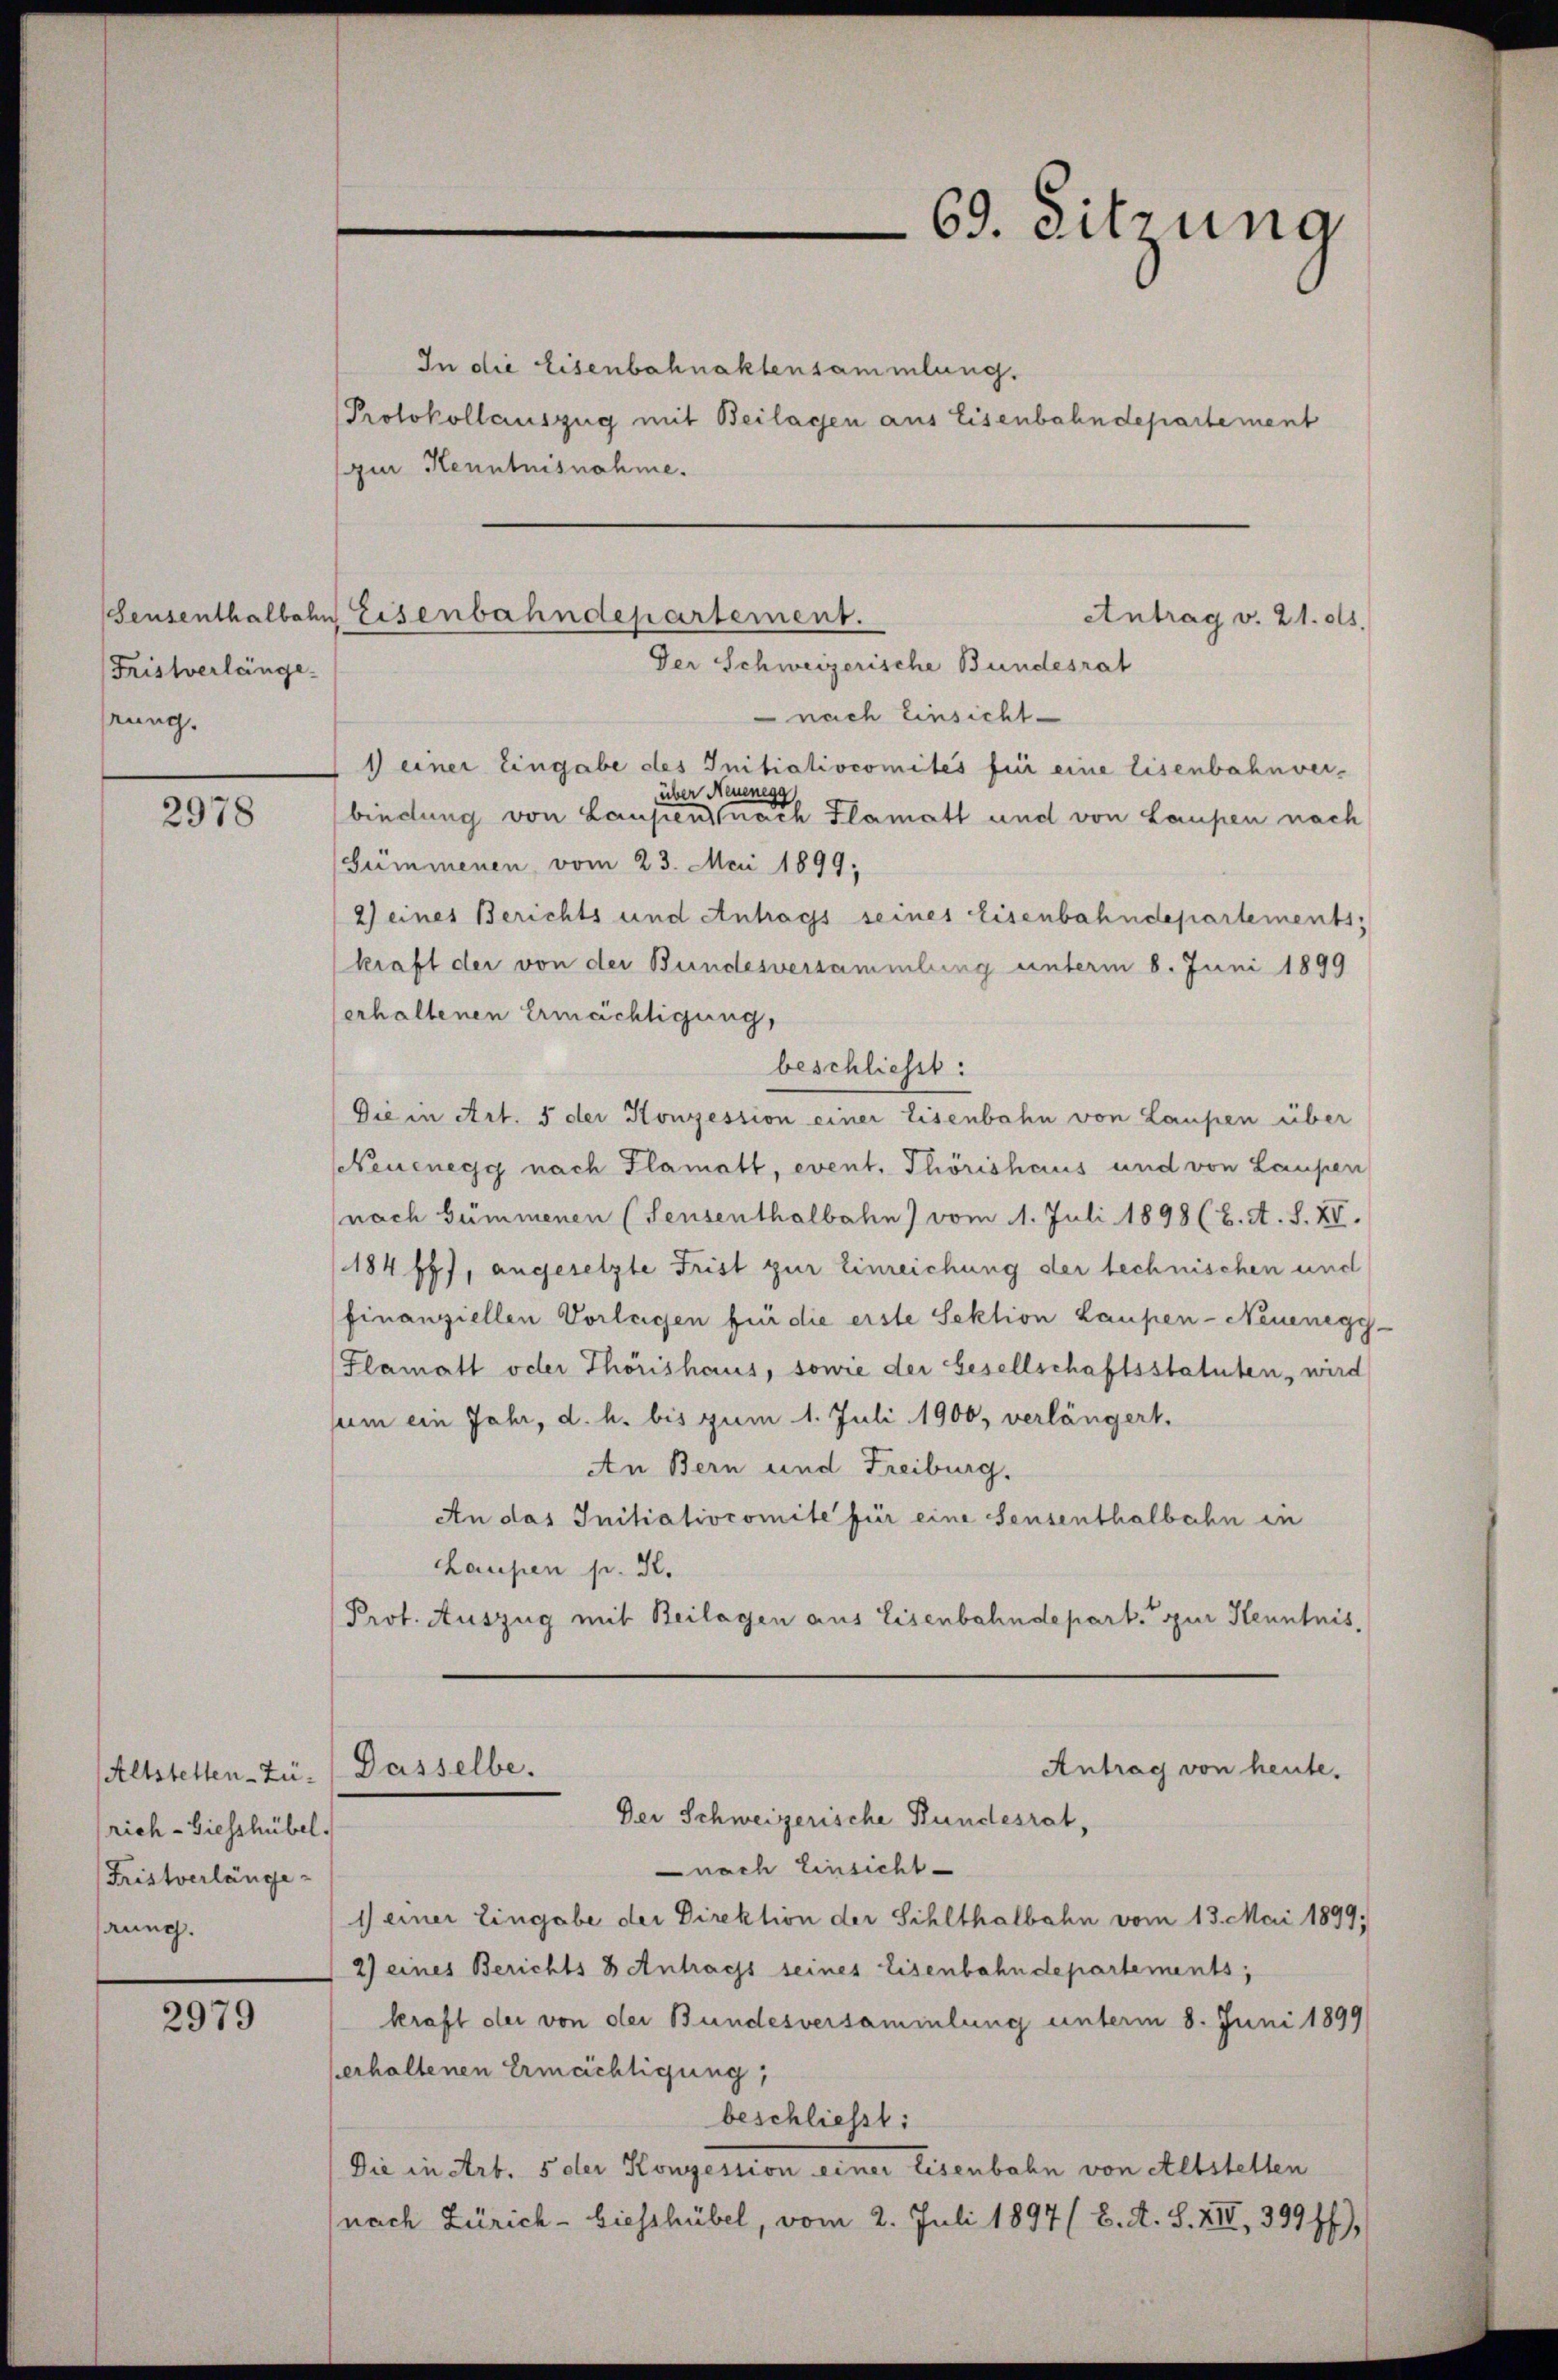
Seusenthalbah
Fristverlänge.
rung.

2978

Altstellen-Zü- Dasselbe.
rich-Giesshübel.
Fristverlänge
rung.

2979

In die Eisenbahnaktensammlung.
Protokollauszug mit Beilagen aus Eisenbahndepartement
gur Kenntnisnahme.

Eisenbahndepartement.
Antrag v. 21. ds.
Der Schweizerische Bundesrat

69. Sitzung

nach Einsicht
1) einer Eingabe des Initiatiocomites für eine Eisenbahnver-
über Neuenegg
bindung von Lausien nach Flamatt und von Laupen nach
(Gümmenen vom 23. Mai 1899;
2) eines Berichts und Antrags seines Eisenbahndepartements,
kraft der von der Bundesversammlung unterm 8. Juni 1899
erhaltenen Ermächtigung,
beschließt:
Die in Art. 5 der Konzession einer Eisenbahn von Laupen über
Neuenegg nach Flamatt, event. Thörishaus und von Laupen
nach summenen (Sensenthalbahn) vom 1. Juli 1898 (2. A. S. XV.
184 ff, angesetzte Frist zur Einreichung der technischen und
finanziellen Vorlegen für die erste Sektion Laupen - Neuenegg
Flamatt oder Thorishaus, sowie der Gesellschaftsstatuten, wird
sum ein Jahr, d. h. bis zum 1. Juli 1900, verlängert.
An Bern und Freiburg.
An das Initialiocomite für eine Sensenthalbahn in
Laupen pr. K.
Prot. Auszug mit Beilagen aus Eisenbahndepart zur Kenntnis,

Antrag von heute.
Der Schweizerische Bundesrat,

nach Einsicht
1) einer Eingabe der Direktion der Sihlthalbahn vom 13. Mai 1899,
2) eines Berichts & Antrags seines Eisenbahndepartements;
kraft der von der Bundesversammlung unterm 8. Juni 1899/
verhaltenen Ermächtigung,
beschließt:
Die in Art. 5 der Konzession einer Eisenbahn von Altstetten
nach Zürich - biesshübel, vom 2. Juli 1897 (6. A. S. XIII, 399 ff.),